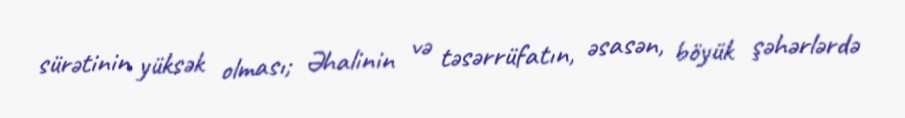
sürətinin yüksək olması; Əhalinin və təsərrüfatın, əsasən, böyük şəhərlərdə